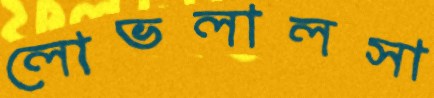
লোভলালসা